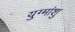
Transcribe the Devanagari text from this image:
युग्मांशु